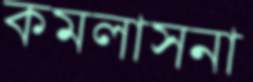
কমলাসনা